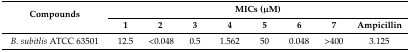
| <ROWSPAN=2> Compounds | <COLSPAN=8> MICs (μM) |
 | 1 | 2 | 3 | 4 | 5 | 6 | 7 | Ampicillin |
 | --- | --- | --- | --- | --- | --- | --- | --- | --- |
 | B. subitlis ATCC 63501 | 12.5 | <0.048 | 0.5 | 1.562 | 50 | 0.048 | >400 | 3.125 |